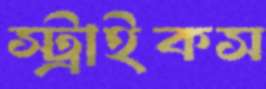
স্ট্রাইকস